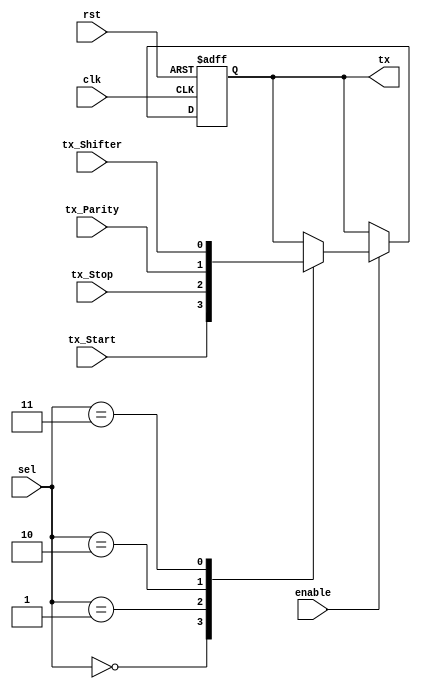
module Mux_Tx (
//Multiplexor que elige que es lo que se vera en la salida tx
//Entradas y salidas del multiplexor
input clk, rst, enable,
input tx_Start, tx_Stop, tx_Shifter, tx_Parity,
input [2:0] sel,
output reg tx
);

//En que estado nos encontramos para decidir la salida
localparam START = 2'b00;
localparam STOP = 2'b01;
localparam PARITY = 2'b10;
localparam SHIFTER = 2'b11;

always @(posedge clk, posedge rst)
begin
	if (rst)
		tx <= 1'b0;
	else
		if (enable)
			case (sel)
			//Envia a tx el valor correspondiente al estado de la FSM en que se encuentra
			START: tx <= tx_Start;
			STOP: tx <= tx_Stop;
			PARITY: tx <= tx_Parity;
			SHIFTER: tx <= tx_Shifter;
			
			endcase
		else
			tx <= tx;			
end
endmodule